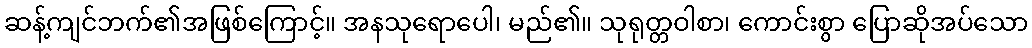
ဆန့်ကျင်ဘက်၏အဖြစ်ကြောင့်။ အနသုရောပေါ၊ မည်၏။ သုရုတ္တဝါစာ၊ ကောင်းစွာ ပြောဆိုအပ်သော